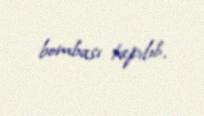
bombası tapılıb.